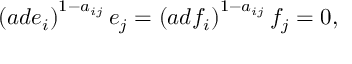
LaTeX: \left( a d e _ { i } \right) ^ { 1 - a _ { i j } } e _ { j } = \left( a d f _ { i } \right) ^ { 1 - a _ { i j } } f _ { j } = 0 ,